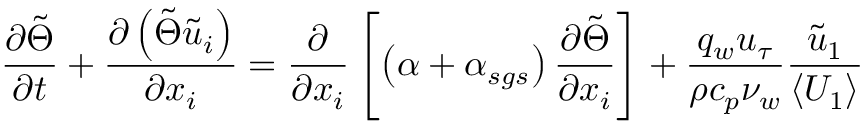
\frac { \partial \tilde { \Theta } } { \partial t } + \frac { \partial \left( \tilde { \Theta } \tilde { u } _ { i } \right) } { \partial x _ { i } } = \frac { \partial } { \partial x _ { i } } \left[ \left( \alpha + \alpha _ { s g s } \right) \frac { \partial \tilde { \Theta } } { \partial x _ { i } } \right] + \frac { q _ { w } u _ { \tau } } { \rho c _ { p } \nu _ { w } } \frac { \tilde { u } _ { 1 } } { \left< U _ { 1 } \right> }